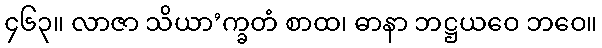
၄၆၃။ လာဇာ သိယာ’က္ခတံ စာထ၊ ဓာနာ ဘဋ္ဌယဝေ ဘဝေ။